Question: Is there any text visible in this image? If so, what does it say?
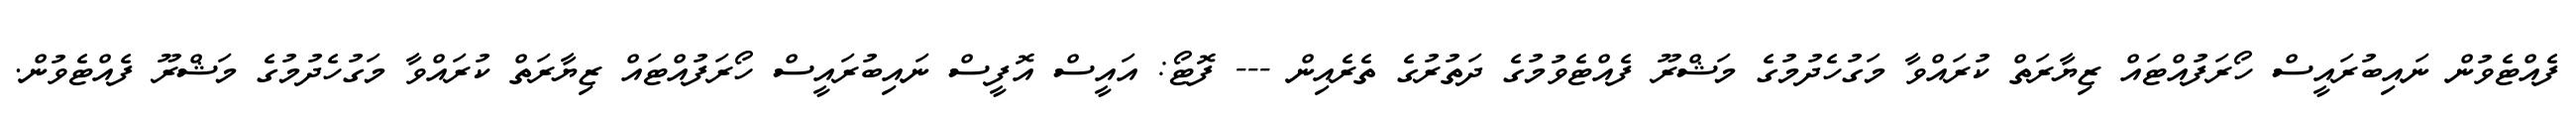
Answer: ފެއްޓެވުން ނައިބުރައީސް ހޯރަފުއްޓައް ޒިޔާރަތް ކުރައްވާ މަގުހެދުމުގެ މަޝްރޫ ފެއްޓެވުމުގެ ދަތުރުގެ ތެރެއިން --- ފޮޓޯ: އައީސް އޮފީސް ނައިބުރައީސް ހޯރަފުއްޓައް ޒިޔާރަތް ކުރައްވާ މަގުހެދުމުގެ މަޝްރޫ ފެއްޓެވުން.